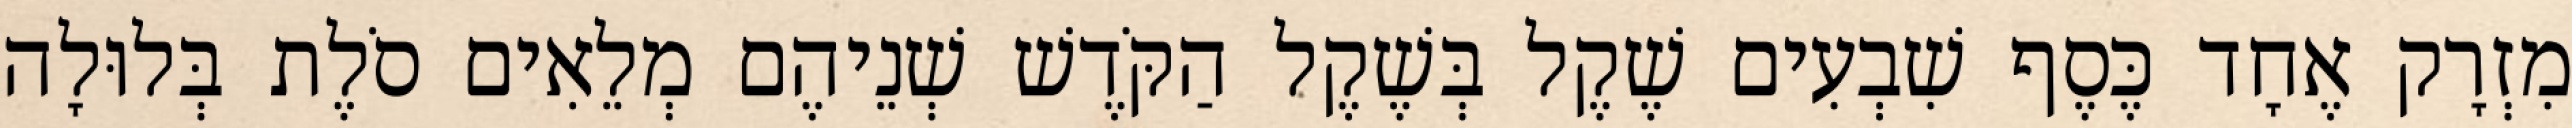
מִזְרָק אֶחָד כֶּסֶף שִׁבְעִים שֶׁקֶל בְּשֶׁקֶל הַקֹּדֶשׁ שְׁנֵיהֶם מְלֵאִים סֹלֶת בְּלוּלָה